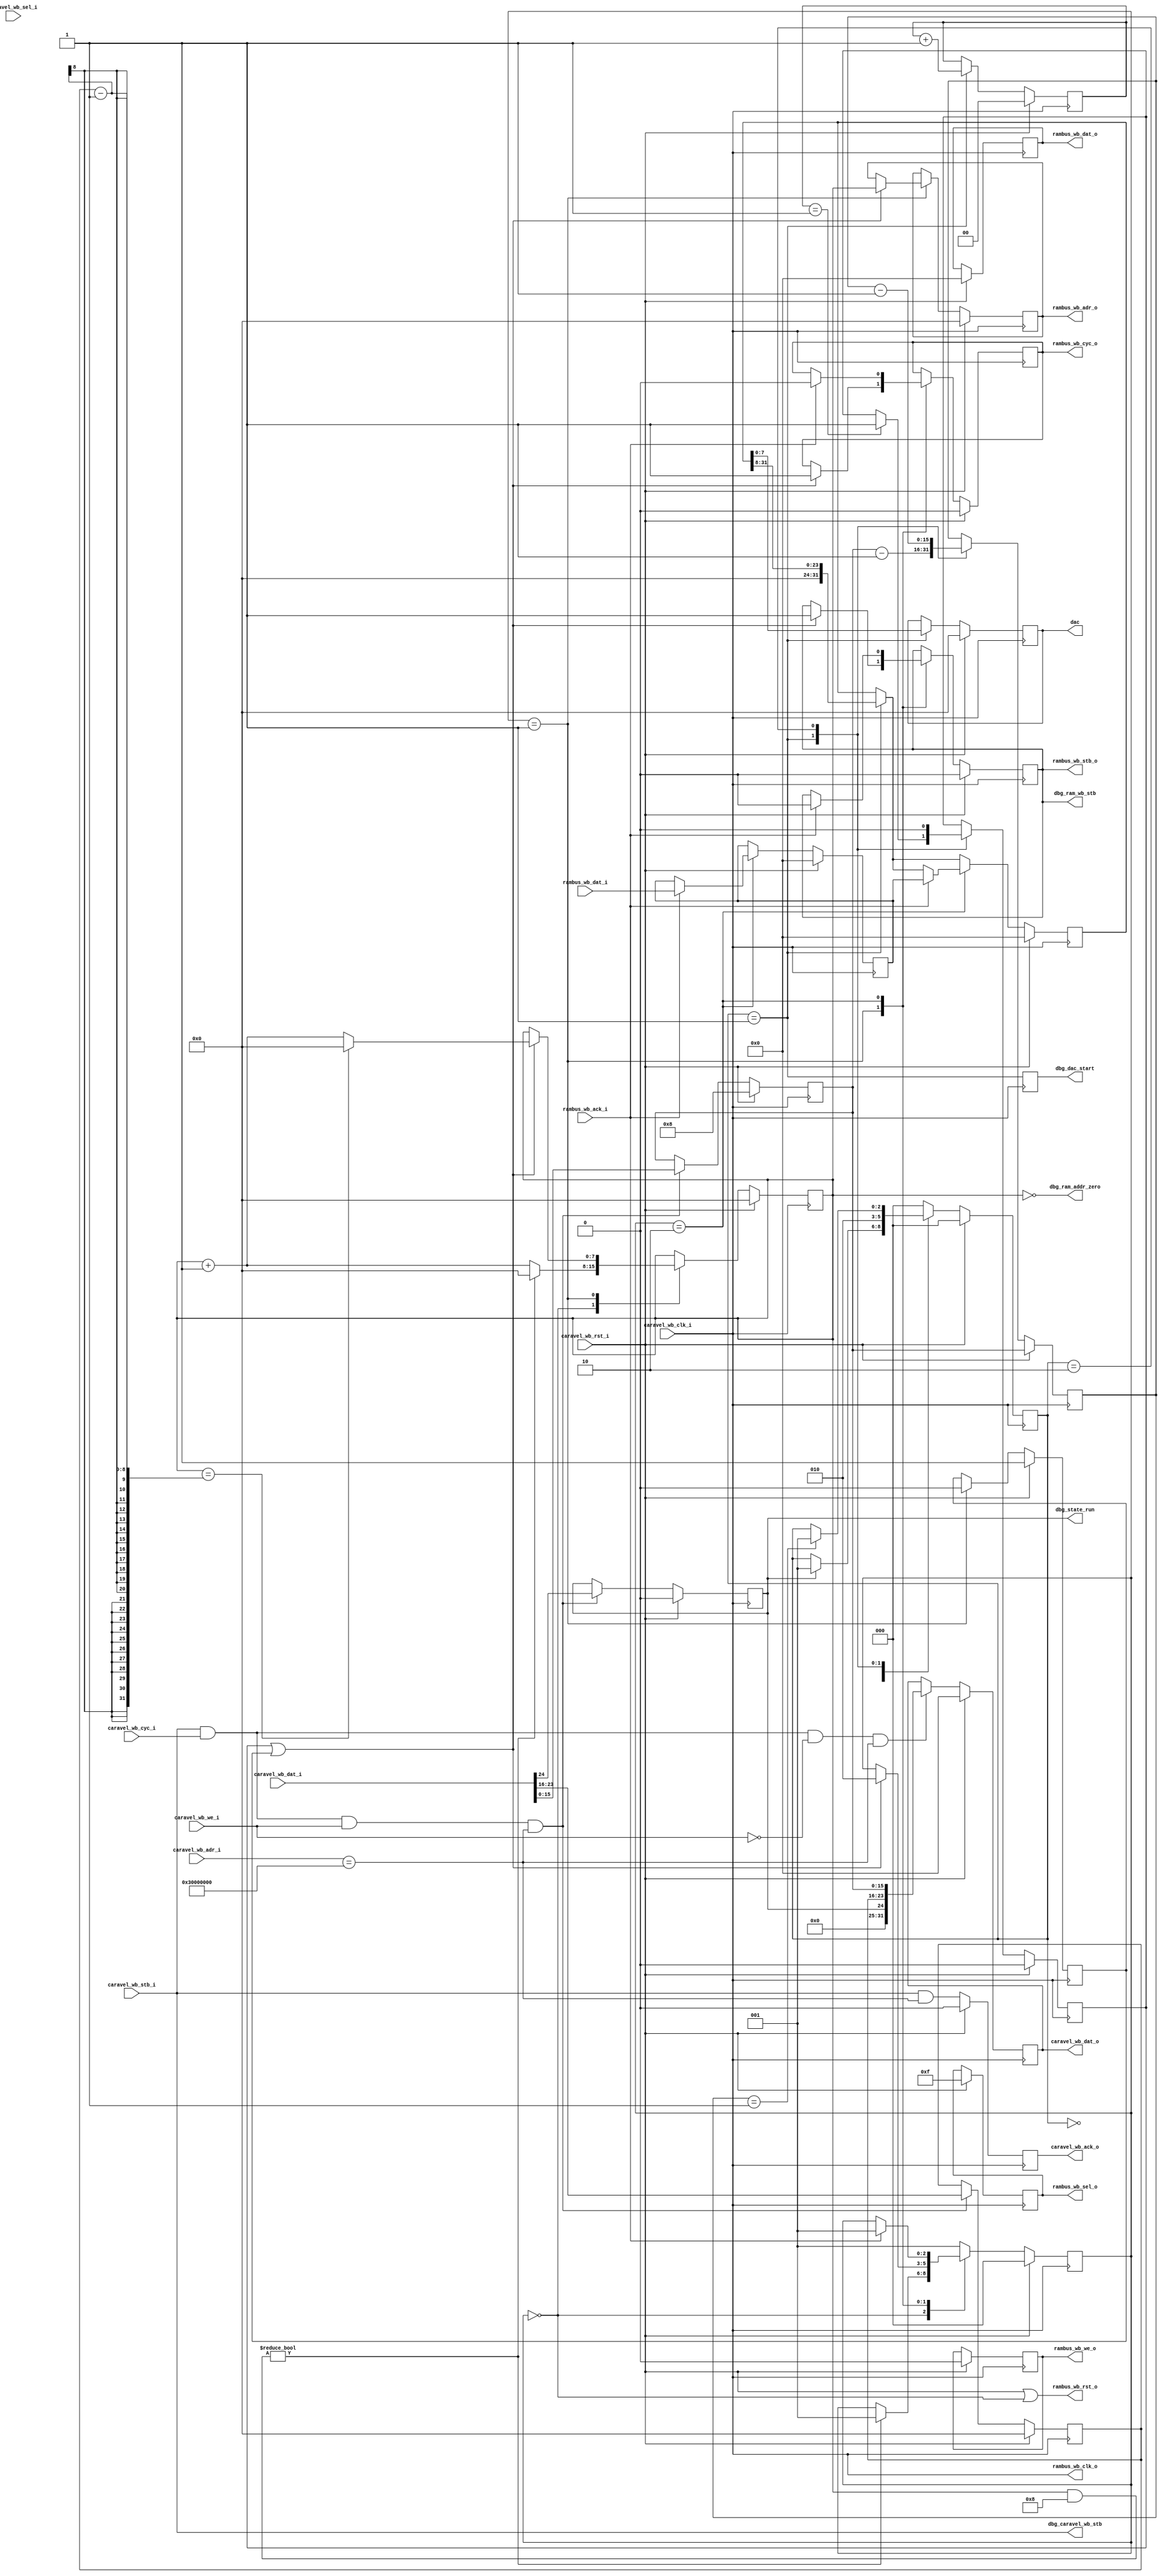
module generator #(
    parameter   [31:0]  BASE_ADDRESS    = 32'h3000_0000,        // base address
    /*

    DATA PARTITION  NAME            DESCRIPTION
    15:0            period          clock cycles between putting next data on the output
    23:16           ram_end_addr    where to start reading the data in the shared RAM
    24              run             if high, set the design running

    */
    parameter   [15:0]  PERIOD          = 16'd8,                 // default period
    parameter   [7:0]   RAM_END_ADDR  = 8'd0                  // default start address in RAM to read pattern
)(
    // CaravelBus peripheral ports
    input wire          caravel_wb_clk_i,       // clock, runs at system clock
    input wire          caravel_wb_rst_i,       // main system reset
    input wire          caravel_wb_stb_i,       // write strobe
    input wire          caravel_wb_cyc_i,       // cycle
    input wire          caravel_wb_we_i,        // write enable
    input wire  [3:0]   caravel_wb_sel_i,       // write word select
    input wire  [31:0]  caravel_wb_dat_i,       // data in
    input wire  [31:0]  caravel_wb_adr_i,       // address
    output reg          caravel_wb_ack_o,       // ack
    output reg  [31:0]  caravel_wb_dat_o,       // data out

    // RAMBus controller ports
    output wire         rambus_wb_clk_o,        // clock, must run at system clock
    output wire         rambus_wb_rst_o,        // reset
    output reg          rambus_wb_stb_o,        // write strobe
    output reg          rambus_wb_cyc_o,        // cycle
    output reg          rambus_wb_we_o,         // write enable
    output reg  [3:0]   rambus_wb_sel_o,        // write word select
    output reg  [31:0]  rambus_wb_dat_o,        // data out
    output reg  [7:0]   rambus_wb_adr_o,        // address
    input wire          rambus_wb_ack_i,        // ack
    input wire  [31:0]  rambus_wb_dat_i,        // data in

    // output for driving DAC
    output reg [7:0]    dac,

    // debug outputs
    output wire         dbg_ram_addr_zero,
    output wire         dbg_state_run,
    output wire         dbg_dac_start,
    output wire         dbg_ram_wb_stb,
    output wire         dbg_caravel_wb_stb
);

    // rename some signals
    wire clk = caravel_wb_clk_i;
    assign rambus_wb_clk_o = clk;
    wire reset = caravel_wb_rst_i;
    // assign rambus_wb_rst_o = reset;

    // debug outputs
    assign dbg_ram_addr_zero = ram_address == 0;
    assign dbg_state_run = run;
    assign dbg_dac_start = dbg_dac_start_q;
    assign dbg_ram_wb_stb = rambus_wb_stb_o;
    assign dbg_caravel_wb_stb = caravel_wb_stb_i;
    reg dbg_dac_start_q;
    always @(posedge clk)
        dbg_dac_start_q = dac_state == DAC_STATE_UPDATE;


    // CaravelBus registers
    reg [15:0] period;
    reg [7:0] ram_end_addr;
    reg run;

    // CaravelBus writes
    always @(posedge clk) begin
        if(reset) begin
            period          <= PERIOD;
            ram_end_addr    <= RAM_END_ADDR;
            run             <= 1'b0;
        end
        else if(caravel_wb_stb_i && caravel_wb_cyc_i && caravel_wb_we_i && caravel_wb_adr_i == BASE_ADDRESS) begin
            period          <= caravel_wb_dat_i[15:0];
            ram_end_addr    <= caravel_wb_dat_i[23:16];
            run             <= caravel_wb_dat_i[24];
        end
    end

    // CaravelBus reads
    always @(posedge clk) begin
        if(reset)
            caravel_wb_dat_o <= 0;
        else if(caravel_wb_stb_i && caravel_wb_cyc_i && !caravel_wb_we_i && caravel_wb_adr_i == BASE_ADDRESS) begin
            caravel_wb_dat_o <= { 7'b0, run, ram_end_addr, period };
        end
    end

    // CaravelBus acks
    always @(posedge clk) begin
        if(reset)
            caravel_wb_ack_o <= 0;
        else
            // return ack immediately
            caravel_wb_ack_o <= (caravel_wb_stb_i && caravel_wb_adr_i == BASE_ADDRESS);
    end

    // FSM states for DAC
    localparam DAC_STATE_STOP           = 0;
    localparam DAC_STATE_UPDATE         = 1;
    localparam DAC_STATE_WAIT           = 2;

    // FSM states for RAM
    localparam RAM_STATE_INIT           = 0;
    localparam RAM_STATE_WAIT           = 1;
    localparam RAM_STATE_ACK            = 2;

    // DAC state registers
    reg [2:0]   dac_state;
    reg [31:0]  dac_data;
    reg [31:0]  dac_data_buf;
    reg [15:0]  wait_period;

    reg [2:0]   ram_state;
    reg [7:0]   ram_address;

    reg         fetch_next;
    reg         fetch_first;

    reg [1:0]   byte_count;

    always @(posedge clk) begin
        if(reset) begin
            dac                 <= 0;
            dac_state           <= DAC_STATE_STOP;
            dac_data            <= 0;
            dac_data_buf        <= 0;
            wait_period         <= period;
            fetch_next          <= 0;
            fetch_first         <= 1;
            byte_count          <= 0;

            ram_address         <= 0;
            ram_state           <= RAM_STATE_INIT;
            rambus_wb_adr_o     <= 0;
            rambus_wb_stb_o     <= 0;
            rambus_wb_cyc_o     <= 0;
            rambus_wb_dat_o     <= 0;
            rambus_wb_sel_o     <= 4'b1111;
            rambus_wb_we_o      <= 0;

        end else begin

            // FSM for managing DAC output
            case(dac_state)
                DAC_STATE_STOP: begin
                    if(run)
                        dac_state       <= DAC_STATE_UPDATE;
                    end

                DAC_STATE_UPDATE: begin
                    dac             <= dac_data_buf[7:0];
                    byte_count      <= byte_count + 1;
                    dac_data_buf    <= (dac_data_buf >> 8);
                    dac_state       <= DAC_STATE_WAIT;
                    wait_period     <= period - 1;
                    if(byte_count == 1) // fetch data
                        fetch_next  <= 1;
                    end

                DAC_STATE_WAIT: begin
                    wait_period     <= wait_period - 1'b1;
                    fetch_next      <= 0;
                    if(wait_period == 1)
                        dac_state   <= DAC_STATE_UPDATE;
                    end

                default:
                    dac_state <= DAC_STATE_STOP;

            endcase

            // FSM for fetching next word over RAMBus
            case(ram_state)
		RAM_STATE_INIT: begin
		    if (ram_address & 8'h08) begin
		    	    ram_address <= 0;
		    	    ram_state <= RAM_STATE_WAIT;
		    	end else begin
		    	    ram_address <= ram_address + 1;
			end
		    end
                RAM_STATE_WAIT: begin
                    if(fetch_next || fetch_first) begin
                        ram_state           <= RAM_STATE_ACK;
                        rambus_wb_adr_o     <= ram_address;
                        ram_address         <= ram_address + 1;

                        rambus_wb_cyc_o     <= 1;
                        rambus_wb_stb_o     <= 1;

                        // wrap around at end address
                        if(ram_address == ram_end_addr - 1)
                            ram_address     <= 0;
                        end

                        fetch_first <= 0;

                    end

                RAM_STATE_ACK: begin
                    if(rambus_wb_ack_i) begin
                        rambus_wb_cyc_o     <= 0;
                        rambus_wb_stb_o     <= 0;
                        dac_data            <= rambus_wb_dat_i;
                        dac_data_buf        <= dac_data;
                        ram_state           <= RAM_STATE_WAIT;
                        end
                    end

                default:
                    ram_state <= RAM_STATE_WAIT;
            endcase
        end
    end

    assign rambus_wb_rst_o = reset || (ram_state == RAM_STATE_INIT);

    `ifdef FORMAL
    reg formal_init = 0;
    always @(posedge clk) begin
        formal_init <= 1;
        assume(reset == !formal_init);
        if(!reset && formal_init) begin
            assert(ram_state == RAM_STATE_INIT || ram_state == RAM_STATE_WAIT || ram_state == RAM_STATE_ACK);
            assert(dac_state == DAC_STATE_STOP || dac_state == DAC_STATE_UPDATE || dac_state == DAC_STATE_WAIT);

            // fix this - should probably only start reading from ram if an address is actually set via wishbone
            // assert(ram_address < ram_end_addr);
        end
    end
    `endif

endmodule